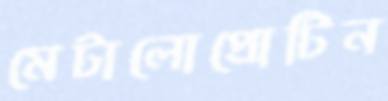
মেটালোপ্রোটিন